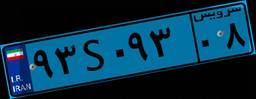
۹۳S۰۹۳۰۸